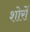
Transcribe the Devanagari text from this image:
शोरों